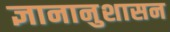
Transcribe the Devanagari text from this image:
ज्ञानानुशासन